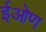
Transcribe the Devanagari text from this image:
ईओण